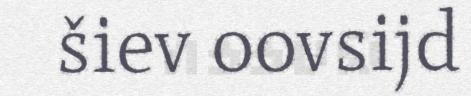
šiev oovsijd